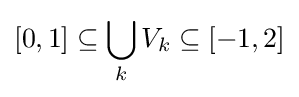
[0,1]\subseteq \bigcup _{k}V_{k}\subseteq [-1,2]